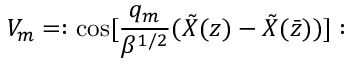
V _ { m } = : \mathrm { c o s } [ { \frac { q _ { m } } { \beta ^ { 1 / 2 } } } ( { \tilde { X } } ( z ) - { \tilde { X } } ( { \bar { z } } ) ) ] :